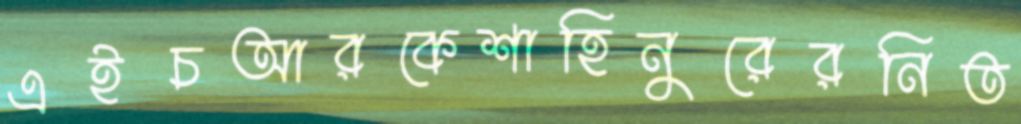
এইচআরকেশাহিনুরেরনিত